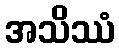
အသိဿံ